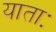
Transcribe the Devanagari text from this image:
याताः